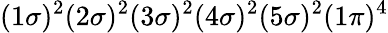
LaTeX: (1\sigma)^{2}(2\sigma)^{2}(3\sigma)^{2}(4\sigma)^{2}(5\sigma)^{2}(1\pi)^{4}